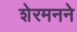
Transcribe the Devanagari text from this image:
शेरमनने